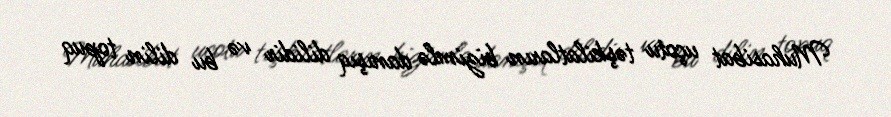
Muhasibat uçotu təşkilatların bizimlə danışıq dilidir və bu dilin topuq